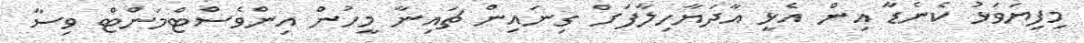
މިފިޔަވަޅު ކެނެޑާ އިން އެޅީ އާދަޔާހިލާފަށް ގިނައިން ޗައިނާ މީހުން އިންވެސްޓްމަންޓް ވިސާ